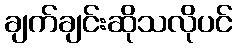
ချက်ချင်းဆိုသလိုပင်